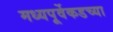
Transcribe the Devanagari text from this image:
मध्यपूर्वेकडच्या